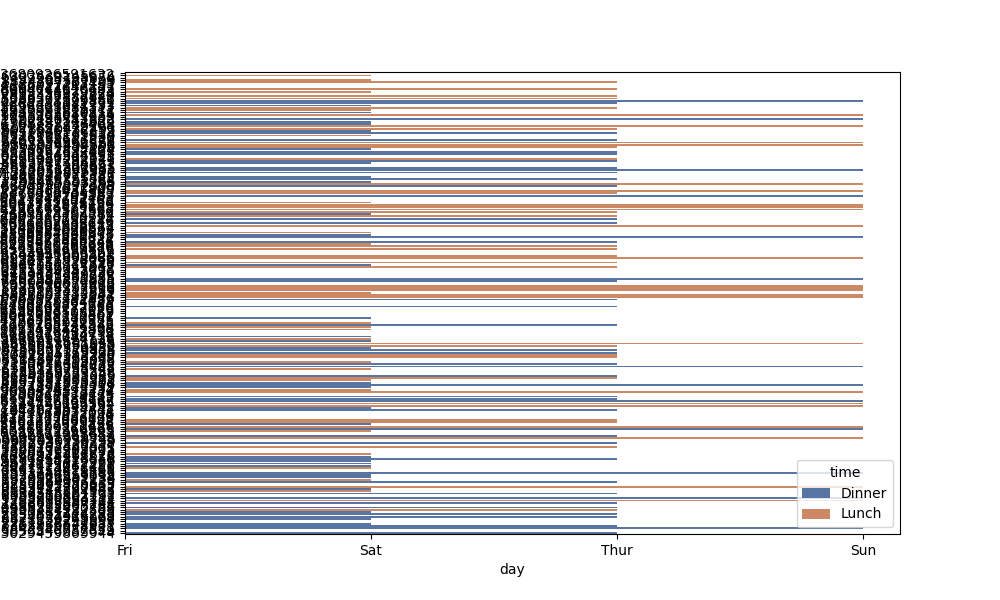
python, seaborn, barplot, hue='time', palette='deep', ci=95, orient='h'